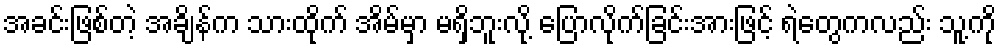
အခင်းဖြစ်တဲ့ အချိန်က သားထိုက် အိမ်မှာ မရှိဘူးလို့ ပြောလိုက်ခြင်းအားဖြင့် ရဲတွေကလည်း သူ့ကို